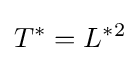
T^{*}=L^{*2}